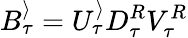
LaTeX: B_{\tau}^{\rangle}=U_{\tau}^{\rangle}D_{\tau}^{R}V_{\tau}^{R}